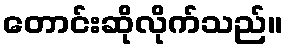
တောင်းဆိုလိုက်သည်။